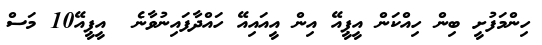
ހިންމަފުށީ ބިން ހިއްކަން އީޕީއޭ އިން އީއައިއޭ ހައްދާފައިނުވާނެ  އީޕީއޭ10 މަސް